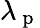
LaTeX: \lambda_{\mathrm{~p~}}